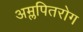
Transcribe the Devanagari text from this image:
अम्लपितरोग